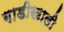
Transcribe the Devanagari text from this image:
गाडीखाली